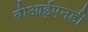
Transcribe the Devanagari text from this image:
बीआईएनडी